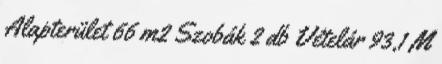
Alapterület 66 m2 Szobák 2 db Vételár 93,1 M